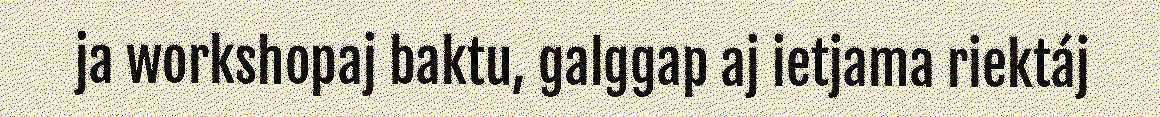
ja workshopaj baktu, galggap aj ietjama riektáj